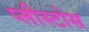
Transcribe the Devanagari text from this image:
प्लीस्टोस